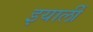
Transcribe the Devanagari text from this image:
इयार्ली